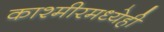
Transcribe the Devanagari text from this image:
काश्मीरमध्येही